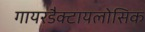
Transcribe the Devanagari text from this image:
गायरडैक्टायलोसिक